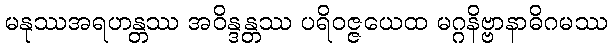
မနုဿအရဟန္တဿ အဝိန္ဒန္တဿ ပရိဝဇ္ဇယေထ မဂ္ဂနိဗ္ဗာနာဓိဂမဿ